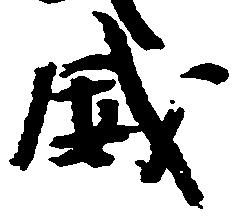
威